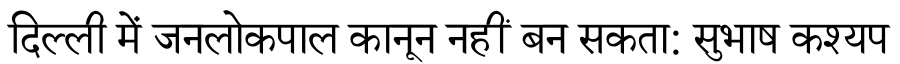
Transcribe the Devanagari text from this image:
दिल्ली में जनलोकपाल कानून नहीं बन सकता: सुभाष कश्यप